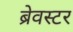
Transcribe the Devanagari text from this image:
ब्रेवस्टर